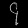
Digit: ၄